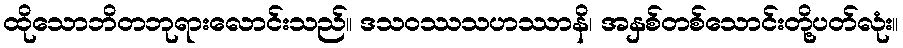
ထိုသောဘိတဘုရားလောင်းသည်။ ဒသဝဿသဟဿာနိ၊ အနှစ်တစ်သောင်းတို့ပတ်လုံး။